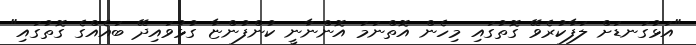
"އަޅުގަނޑަށް ލަފާކުރެވޭ ގޮތުގައި މިހެން އޮތްނަމަ އޮންނާނީ ކުންފުންޏާ ގުޅުވައިދޭ ބައެއްގެ ގޮތުގައި"